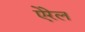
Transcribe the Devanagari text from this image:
ऐरेल